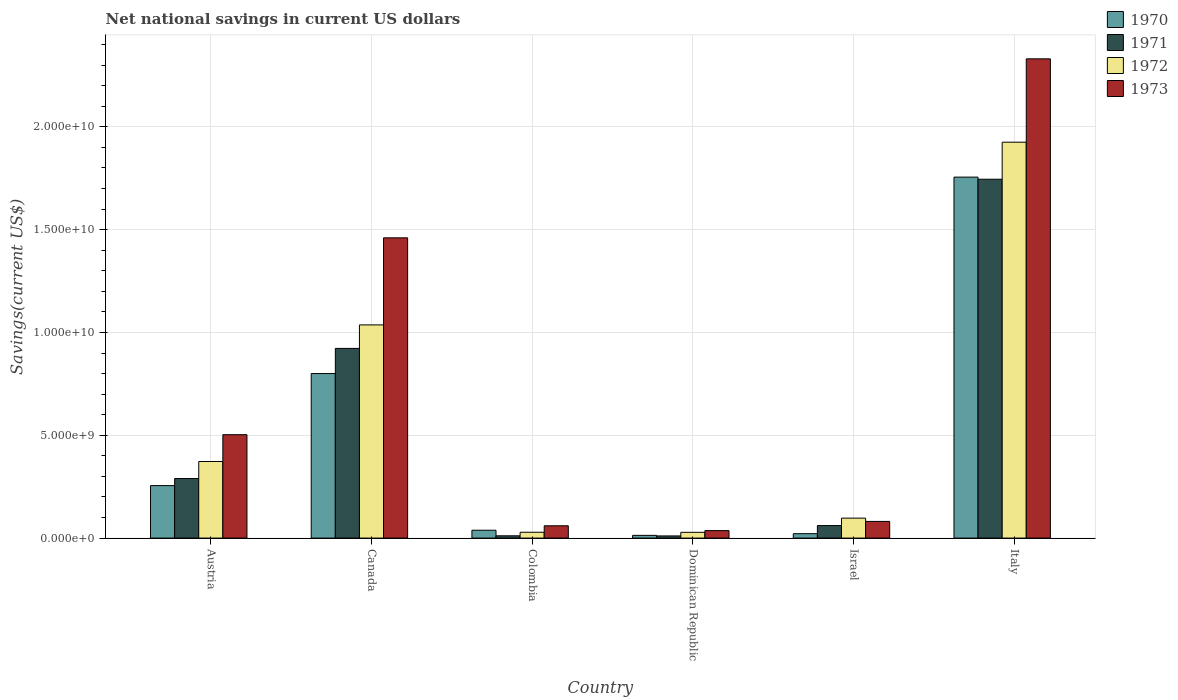
| Country | 1970 | 1971 | 1972 | 1973 |
 | --- | --- | --- | --- | --- |
 | Austria | 2.55e+09 | 2.9e+09 | 3.73e+09 | 5.03e+09 |
 | Canada | 8e+09 | 9.23e+09 | 1.04e+10 | 1.46e+10 |
 | Colombia | 3.83e+08 | 1.11e+08 | 2.84e+08 | 5.98e+08 |
 | Dominican Republic | 1.33e+08 | 1.05e+08 | 2.8e+08 | 3.65e+08 |
 | Israel | 2.15e+08 | 6.09e+08 | 9.71e+08 | 8.11e+08 |
 | Italy | 1.76e+10 | 1.75e+10 | 1.93e+10 | 2.33e+10 |